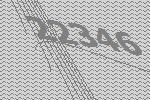
22346